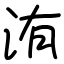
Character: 洧